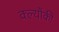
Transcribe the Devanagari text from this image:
क्ल्योंकी